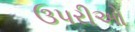
ઉપરીઓ